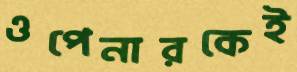
ওপেনারকেই